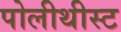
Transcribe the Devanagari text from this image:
पोलीथीस्ट